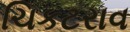
ચિકટરાવ